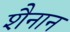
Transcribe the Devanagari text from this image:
शैनान